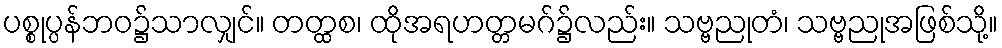
ပစ္စုပ္ပန်ဘဝ၌သာလျှင်။ တတ္ထစ၊ ထိုအရဟတ္တမဂ်၌လည်း။ သဗ္ဗညုတံ၊ သဗ္ဗညုအဖြစ်သို့။